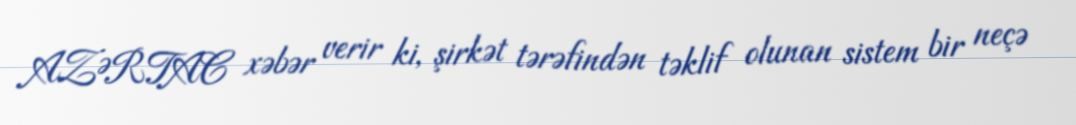
AZƏRTAC xəbər verir ki, şirkət tərəfindən təklif olunan sistem bir neçə